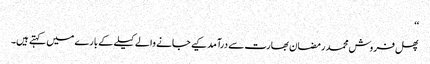
‘‘
پھل فروش محمد رمضان بھارت سے درآمد کیے جانے والے کیلے کے بارے میں کہتے ہیں۔